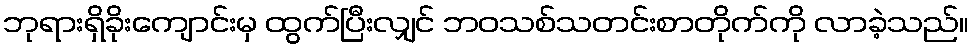
ဘုရားရှိခိုးကျောင်းမှ ထွက်ပြီးလျှင် ဘဝသစ်သတင်းစာတိုက်ကို လာခဲ့သည်။